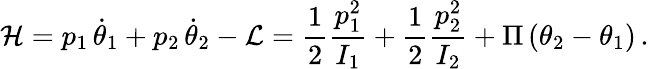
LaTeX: \mathcal{H}=p_{1}\, \dot{\theta}_{1}+p_{2}\, \dot{\theta}_{2}-\mathcal{L}=\frac{1}{2}\frac{p_{1}^{2}}{I_{1}}+\frac{1}{2}\frac{p_{2}^{2}}{I_{2}}+\Pi\left(\theta_{2}-\theta_{1}\right)\, .